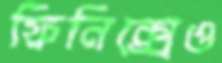
ফিনিক্সেও